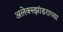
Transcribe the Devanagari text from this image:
अलेक्स्झांडराच्या